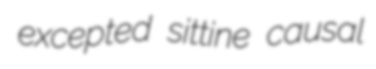
excepted sittine causal